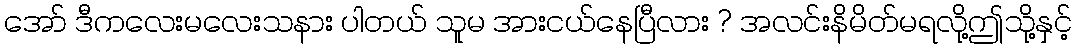
အော် ဒီကလေးမလေးသနား ပါတယ် သူမ အားငယ်နေပြီလား ? အလင်းနိမိတ်မရလို့ဤသို့နှင့်